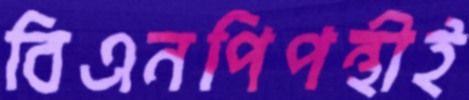
বিএনপিপন্থীই